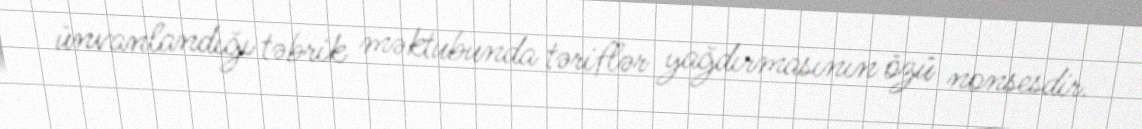
ünvanlandığı təbrik məktubunda təriflər yağdırmasının özü nonsesdir.